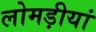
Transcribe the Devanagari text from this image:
लोमड़ीयां